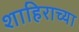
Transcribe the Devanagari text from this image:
शाहिराच्या